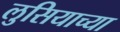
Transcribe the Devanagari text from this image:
लुसियाच्या